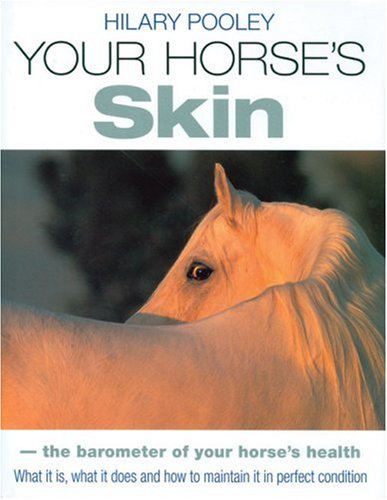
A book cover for Your Horse's Skin: The Barometer of Your Horse's Health: What It Is, What It Does and How to Maintain It in Perfect Condition; Hilary Pooley; Medical Books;